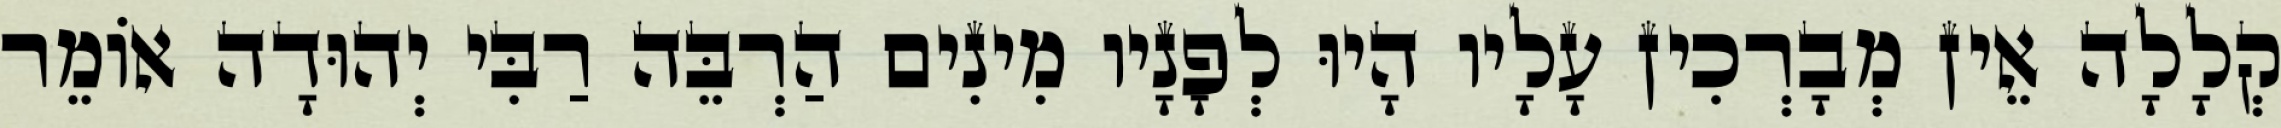
קְלָלָה אֵין מְבָרְכִין עָלָיו הָיוּ לְפָנָיו מִינִים הַרְבֵּה רַבִּי יְהוּדָה אוֹמֵר